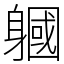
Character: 𨉹